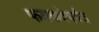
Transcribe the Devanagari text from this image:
फडकवेपर्यंत